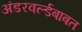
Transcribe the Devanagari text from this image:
अंडरवर्ल्डबाबत